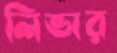
লিভার